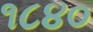
૧૮૪૦